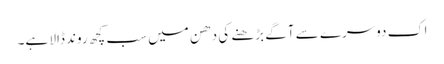
اک دوسرے سے آگے بڑھنے کی دھن میں سب کچھ روند ڈالا ہے۔